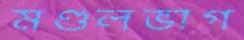
মণ্ডলভাগ